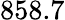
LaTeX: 858.7